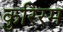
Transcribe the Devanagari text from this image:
कुरिरम